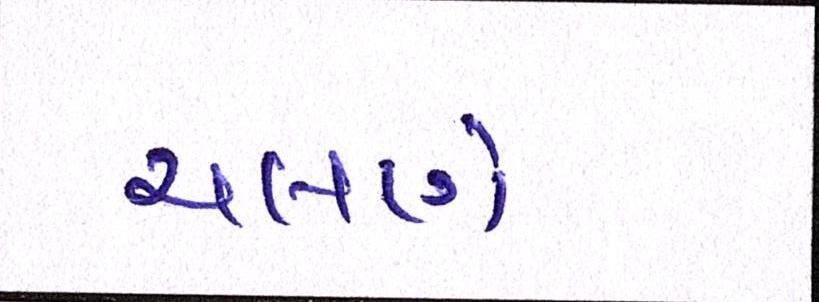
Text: ચલણે